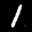
Label: 1